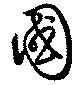
国